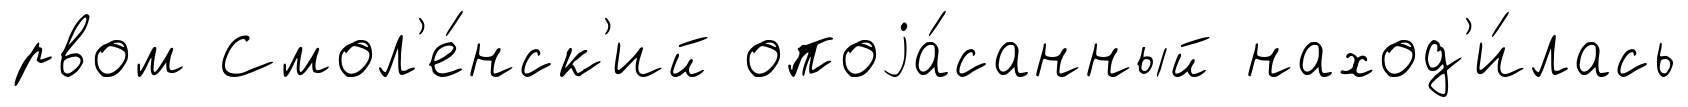
рвом Смол'е́нск'ий опоjа́санный наход'и́лась